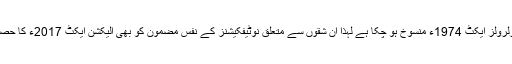
چونکہ الیکٹورلرولز ایکٹ 1974ء منسوخ ہو چکا ہے لہٰذا ان شقوں سے متعلق نوٹیفکیشنز کے نفس مضمون کو بھی الیکشن ایکٹ 2017ء کا حصہ بنانا چاہیے۔